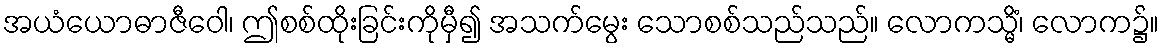
အယံယောဓာဇီဝေါ၊ ဤစစ်ထိုးခြင်းကိုမှီ၍ အသက်မွေး သောစစ်သည်သည်။ လောကသ္မိံ၊ လောက၌။